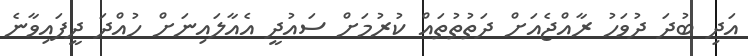
އަދި ބުދަ ދުވަހު ރާއްޖެއަށް ދަތުތުތައް ކުރުމަށް ސައުދީ އެއާލައިނަށް ހުއްދަ ދީފައިވާނެ